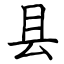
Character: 县